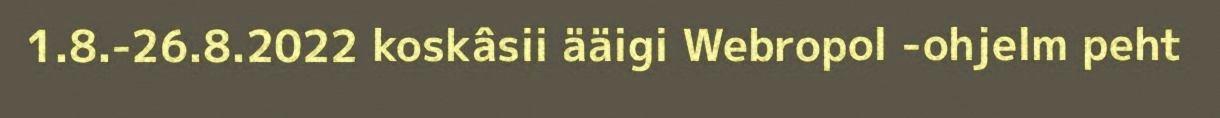
1.8.-26.8.2022 koskâsii ääigi Webropol -ohjelm peht